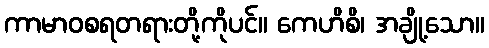
ကာမာဝစရတရားတို့ကိုပင်။ ကေဟိစိ၊ အချို့သော။